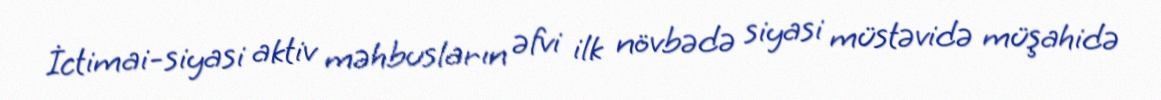
İctimai-siyasi aktiv məhbusların əfvi ilk növbədə siyasi müstəvidə müşahidə